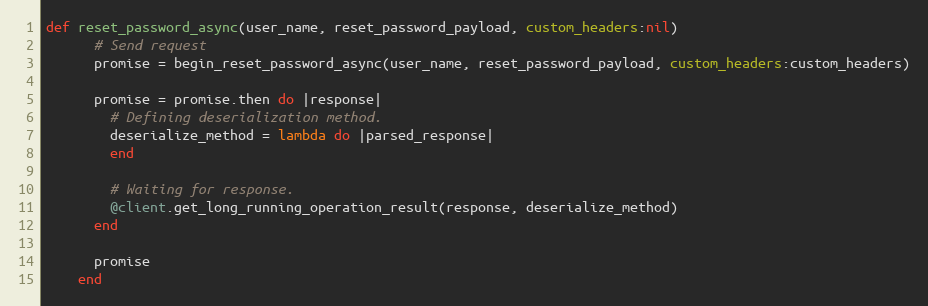
Language: Ruby
def reset_password_async(user_name, reset_password_payload, custom_headers:nil)
      # Send request
      promise = begin_reset_password_async(user_name, reset_password_payload, custom_headers:custom_headers)

      promise = promise.then do |response|
        # Defining deserialization method.
        deserialize_method = lambda do |parsed_response|
        end

        # Waiting for response.
        @client.get_long_running_operation_result(response, deserialize_method)
      end

      promise
    end